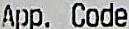
APP. CODE